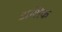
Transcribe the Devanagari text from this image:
अशिक